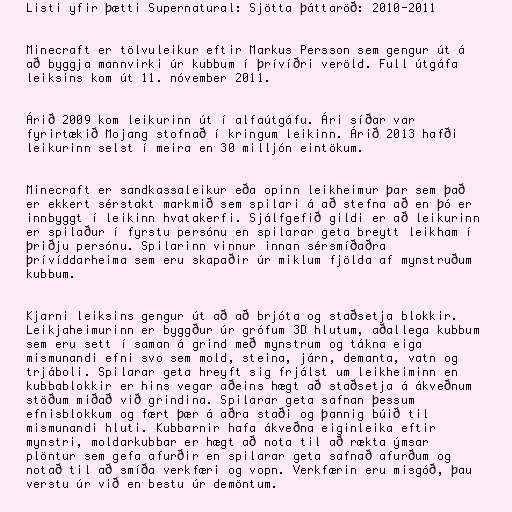
Listi yfir þætti Supernatural: Sjötta þáttaröð: 2010-2011

Minecraft er tölvuleikur eftir Markus Persson sem gengur út á
að byggja mannvirki úr kubbum í þrívíðri veröld. Full útgáfa
leiksins kom út 11. nóvember 2011.

Árið 2009 kom leikurinn út í alfaútgáfu. Ári síðar var
fyrirtækið Mojang stofnað í kringum leikinn. Árið 2013 hafði
leikurinn selst í meira en 30 milljón eintökum.

Minecraft er sandkassaleikur eða opinn leikheimur þar sem það
er ekkert sérstakt markmið sem spilari á að stefna að en þó er
innbyggt í leikinn hvatakerfi. Sjálfgefið gildi er að leikurinn
er spilaður í fyrstu persónu en spilarar geta breytt leikham í
þriðju persónu. Spilarinn vinnur innan sérsmíðaðra
þrívíddarheima sem eru skapaðir úr miklum fjölda af mynstruðum
kubbum.

Kjarni leiksins gengur út að að brjóta og staðsetja blokkir.
Leikjaheimurinn er byggður úr grófum 3D hlutum, aðallega kubbum
sem eru sett í saman á grind með mynstrum og tákna eiga
mismunandi efni svo sem mold, steina, járn, demanta, vatn og
trjáboli. Spilarar geta hreyft sig frjálst um leikheiminn en
kubbablokkir er hins vegar aðeins hægt að staðsetja á ákveðnum
stöðum miðað við grindina. Spilarar geta safnan þessum
efnisblokkum og fært þær á aðra staði og þannig búið til
mismunandi hluti. Kubbarnir hafa ákveðna eiginleika eftir
mynstri, moldarkubbar er hægt að nota til að rækta ýmsar
plöntur sem gefa afurðir en spilarar geta safnað afurðum og
notað til að smíða verkfæri og vopn. Verkfærin eru misgóð, þau
verstu úr við en bestu úr demöntum.